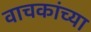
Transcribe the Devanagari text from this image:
वाचकांच्‍या